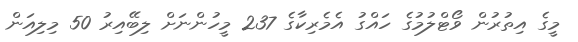
މީގެ އިތުރުން ވޯޓްލުމުގެ ހައްގު އެމެރިކާގެ 237 މީހުންނަށް ލިބޭއިރު 50 މިލިއަން